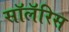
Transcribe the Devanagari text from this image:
सॉलॅरिस